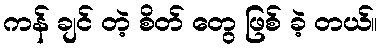
ကန် ချင် တဲ့ စိတ် တွေ ဖြစ် ခဲ့ တယ်။